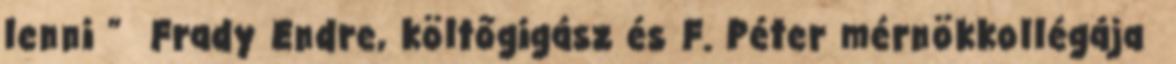
lenni ” Frady Endre, költőgigász és F. Péter mérnökkollégája